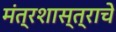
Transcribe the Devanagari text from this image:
मंत्रशास्त्राचे